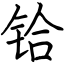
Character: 铪